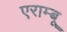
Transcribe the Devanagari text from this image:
एराम्बू